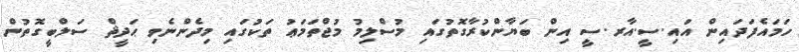
ހަމައެފަދައިން އައި.ސީ.އާރ.ސީ އިން ބަޔާންކުރާގޮތުގައި މުސްލިމު މުޖްތަމަޢު ތަކުގައި މިދެންނެވި ޙަދީޘް ސަލްބީގޮތުން